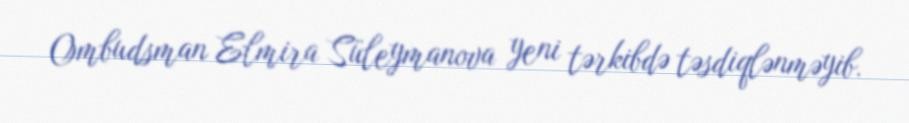
Ombudsman Elmira Süleymanova yeni tərkibdə təsdiqlənməyib.